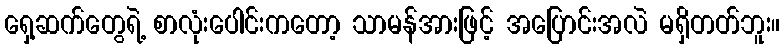
ရှေ့ဆက်တွေရဲ့ စာလုံးပေါင်းကတော့ သာမန်အားဖြင့် အပြောင်းအလဲ မရှိတတ်ဘူး။